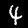
Label: 4